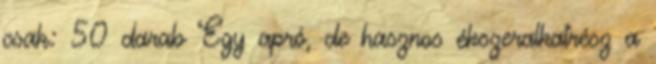
csak: 50 darab Egy apró, de hasznos ékszeralkatrész a